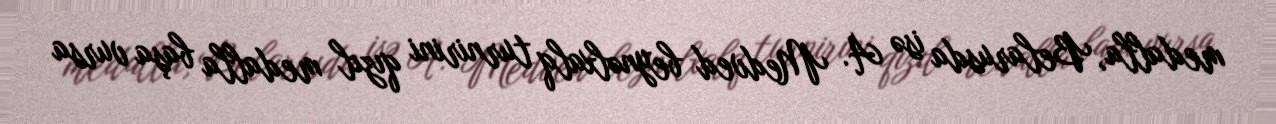
medalla, Belarusda isə A. Medved beynəlxalq turnirini qızıl medalla başa vursa